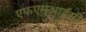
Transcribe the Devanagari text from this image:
एफएमआईसी